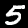
Label: 5